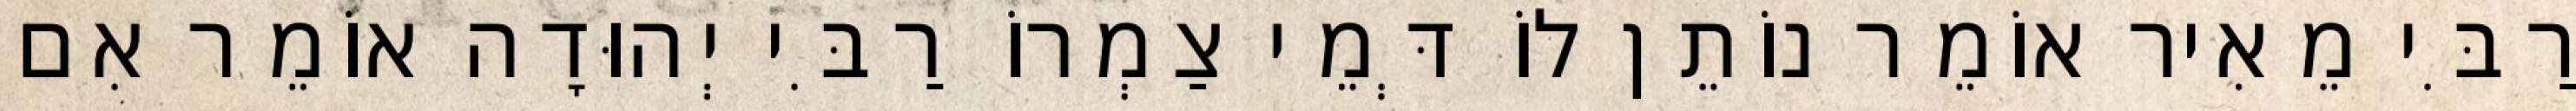
רַבִּי מֵאִיר אוֹמֵר נוֹתֵן לוֹ דְּמֵי צַמְרוֹ רַבִּי יְהוּדָה אוֹמֵר אִם